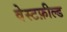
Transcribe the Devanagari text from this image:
वेस्टफ़ील्ड